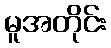
မူအတိုင်း